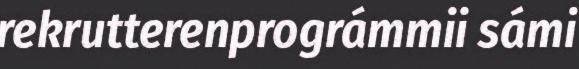
rekrutterenprográmmii sámi